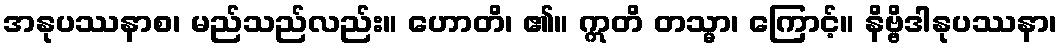
အနုပဿနာစ၊ မည်သည်လည်း။ ဟောတိ၊ ၏။ ဣတိ တသ္မာ၊ ကြောင့်။ နိဗ္ဗိဒါနုပဿနာ၊